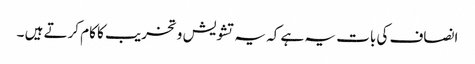
انصاف کی بات یہ ہے کہ یہ تشویش و تخریب کا کام کرتے ہیں ۔